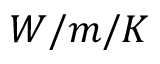
W / m / K